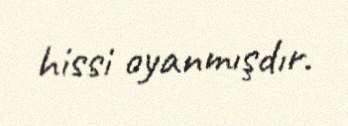
hissi oyanmışdır.